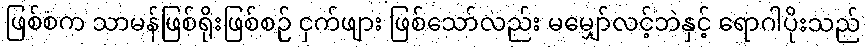
ဖြစ်စက သာမန်ဖြစ်ရိုးဖြစ်စဉ် ငှက်ဖျား ဖြစ်သော်လည်း မမျှော်လင့်ဘဲနှင့် ရောဂါပိုးသည်